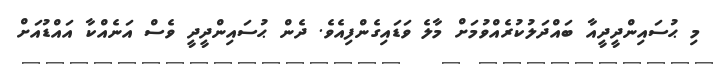
މި ޙުސައިންދީދީއާ ބައްދަލުކުރެއްވުމަށް މާލެ ވަޑައިގެންފިއެވެ. ދެން ޙުސައިންދީދީ ވެސް އަނެއްކާ އައްޑުއަށް